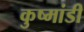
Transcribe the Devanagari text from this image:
कुष्मांडी